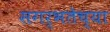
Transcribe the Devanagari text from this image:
सगर्भतेच्या